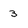
Character: 3